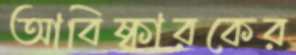
আবিষ্কারকের